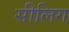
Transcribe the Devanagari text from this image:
सीलिग